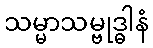
သမ္မာသမ္ဗုဒ္ဓါနံ